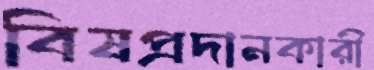
বিষপ্রদানকারী